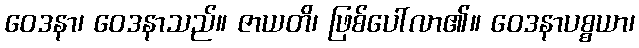
ဝေဒနာ၊ ဝေဒနာသည်။ ဇာယတိ၊ ဖြစ်ပေါ်လာ၏။ ဝေဒနာပစ္စယာ၊